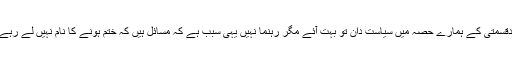
بدقسمتی کے ہمارے حصہ میں سیاست دان تو بہت آئے مگر رہنما نہیں یہی سبب ہے کہ مسائل ہیں کہ ختم ہونے کا نام نہیں لے رہے۔